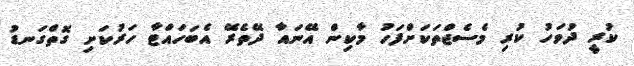
ކުރީ ދުވަހު ކުރި މެސެޖްތަކަށްފަހު މާކިން އޭނައާ ދޭތެރޭ އެބަހައްޓާ ހަރުކަށި ގޮތްގަނޑު